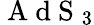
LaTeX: \mathrm{~A~d~S~}_{3}